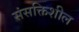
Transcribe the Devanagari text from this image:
संसक्तिशील